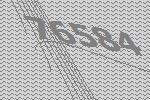
76584